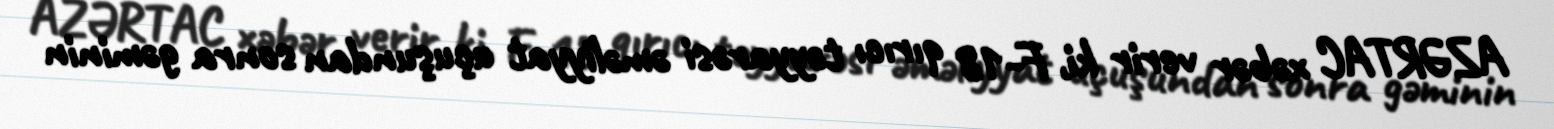
AZƏRTAC xəbər verir ki, F-18 qırıcı təyyarəsi əməliyyat uçuşundan sonra gəminin